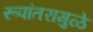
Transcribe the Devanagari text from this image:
रूपांतरामुळे